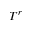
T ^ { r }